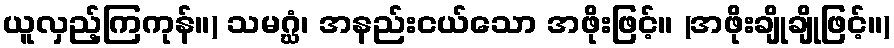
ယူလှည့်ကြကုန်။) သမဂ္ဃံ၊ အနည်းငယ်သော အဖိုးဖြင့်။ (အဖိုးချိုချိုဖြင့်။)